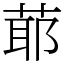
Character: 𦳃